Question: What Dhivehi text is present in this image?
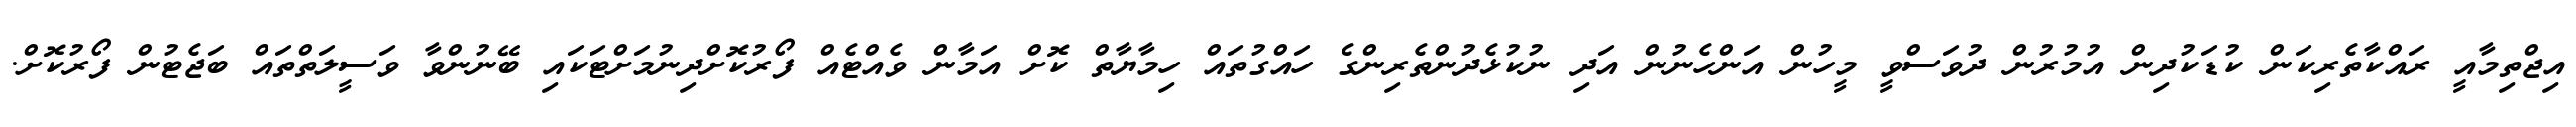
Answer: އިޖްތިމާއީ ރައްކާތެރިކަން ކުޑަކުދިން އުމުރުން ދުވަސްވީ މީހުން އަންހެނުން އަދި ނުކުޅެދުންތެރިންގެ ހައްގުތައް ހިމާޔާތް ކޮށް އަމާން ވެއްޓެއް ފޯރުކޮށްދިނުމަށްޓަކައި ބޭނުންވާ ވަސީލަތްތައް ބަޖެޓުން ފޯރުކޮށް.